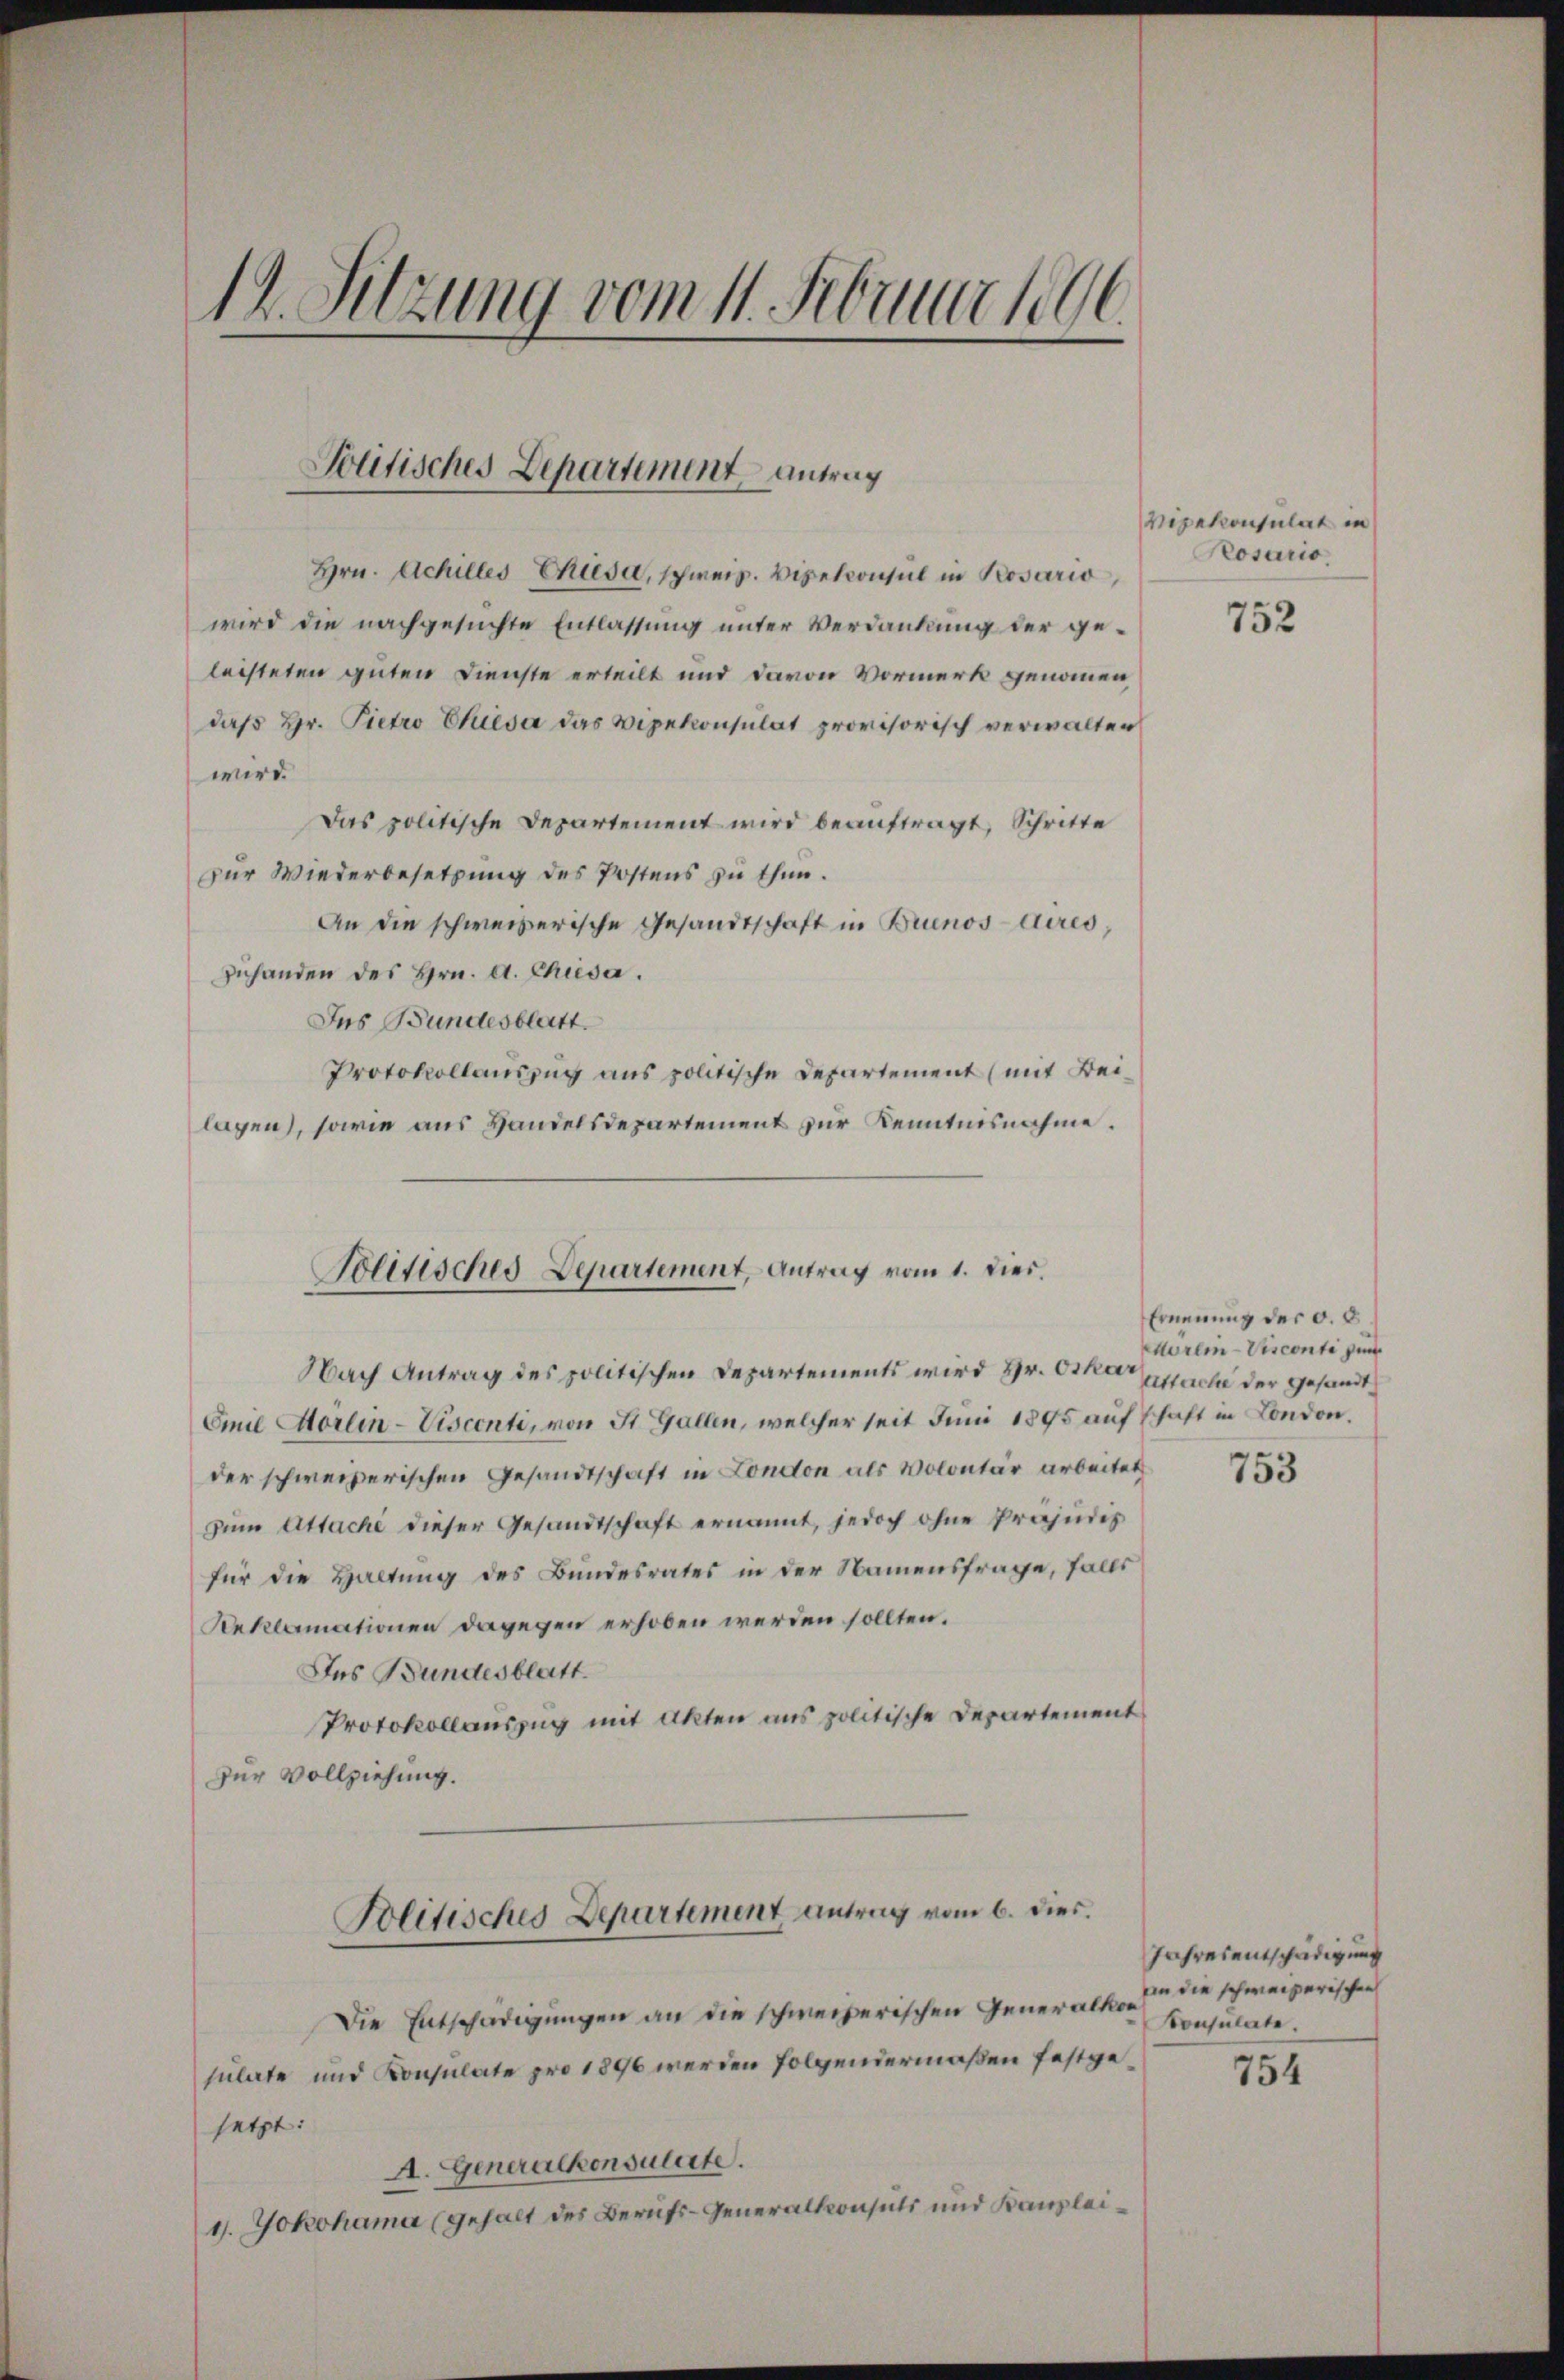
19. Sitzung vom 11. Februar 1896

Politisches Departement Antrag

Hrn. Achilles Chiesa, schweiz. Vicekonsul in Posario,
wird die nachgesuchte Entlassung unter Verdankung der geleisteten guten Dienste erteilt und davon Vormerk genommen,
daß Hr. Pietro Cesa das Vizekonsulat provisorisch verwalten
wird.
Das politische Departement wird beauftragt, Schritte
zur Wiederbesetzung des Postens zu thun.
An die schweizerische Gesandtschaft in Brunos Aires,
zuhanden des Hrn. A. Chusa.
Ins Bundesblatt.
Protokollauszug aus politische Departement (mit Beilagen), sowie aus Handelsdepartement zur Kenntnisnahme.
Nach Antrag des politischen Departements wird Hr. Oskar mache der gesandt¬
Emil Vorlin-Viscenti, von St. Gallen, welcher seit Juni 1895 aufschaft in London.
der schweizerischen Gesandtschaft in London als Volontär arbeitet
zum Attache dieser Gesandtschaft ernannt, jedoch ohne Präjudis
für die Haltung des Bundesrates in der Namensfrage, falls
Reklamationen dagegen erhoben werden sollten.
Das Bundesblatt.
Protokollauszug mit Akten aus politische Departement
zur Vollziehung.
Politisches Departement antrag vom 6. dies.
Die Entschädigungen an die schweizerischen Generalkon Consulate.
sulate und Konsulate pro 1896 werden folgendermaßen festgesetzt:
A. Generalkonsulerte.
1. Jokohama (gehalt des Berufs- Generalkonsuls und Kanzlei¬

Politisches Departement, Antrag vom 1. dies

Vipekonsulat in
Rosario,

752

Ernennung der C. c.
Hörlin -Visconti sin

753

Jahresentschädigung
an die schweizerischen

754